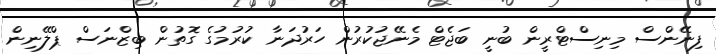
ފިނޭންސް މިނިސްޓްރީން ބުނީ ބަޖެޓް މެނޭޖުކުރުން ހަރުދަނާ ކުރުމުގެ ގޮތުން ބިޒްނަސް ޕްލޭނިން